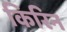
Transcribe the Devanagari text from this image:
किरिन